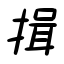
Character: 揖